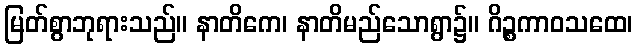
မြတ်စွာဘုရားသည်။ နာတိကေ၊ နာတိမည်သောရွာ၌။ ဂိဉ္စကာဝသထေ၊